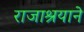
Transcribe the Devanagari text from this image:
राजाश्रयाने